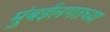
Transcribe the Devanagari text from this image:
मुंबईलगतच्या